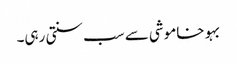
بہو خاموشی سے سب سنتی رہی۔